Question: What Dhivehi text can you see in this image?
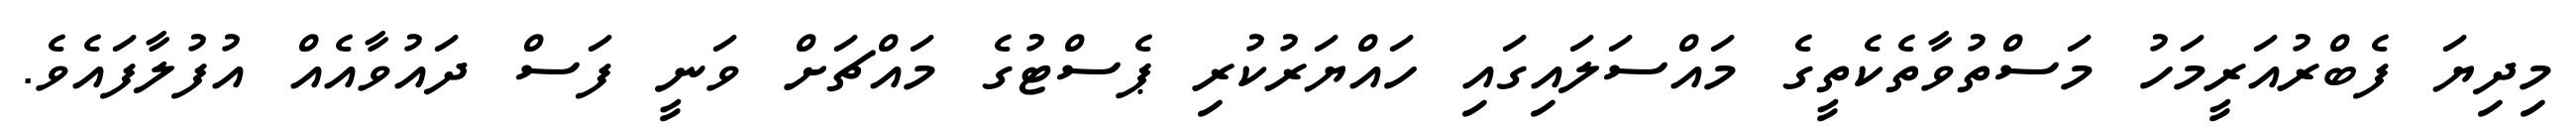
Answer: މިދިޔަ ފެބްރުއަރީމަހު މަސްތުވާތެކެތީގެ މައްސަލައިގައި ހައްޔަރުކުރި ޕެސްޓުގެ މައްޗަށް ވަނީ ފަސް ދައުވާއެއް އުފުލާފައެވެ.